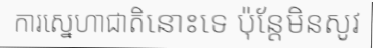
ការស្នេហាជាតិនោះទេ ប៉ុន្តែមិនសូវ